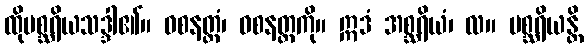
ထိုမစ္ဆရိယသဒ္ဒါ၏။ ဝစနတ္ထံ၊ ဝစနတ္ထကို။ ဣဒံ အစ္ဆရိယံ၊ လ။ မစ္ဆရိယန္တိ